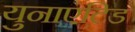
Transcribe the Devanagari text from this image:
युनाएटिड